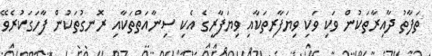
ތަފާތު ދާއިރާތަކުން ވަކި ވަކި ވިޔަފާރިތަކާއި ވިޔަފާރީގެ އެކި ސިނާއަތްތަކާއި ރޮނގުތަކުން ފާހަގަކުރެވޭ